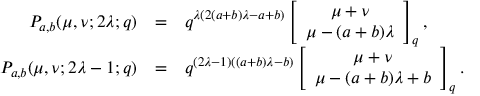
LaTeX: \begin{array} { r c l } { { P _ { a , b } ( \mu , \nu ; 2 \lambda ; q ) } } & { { = } } & { { q ^ { \lambda ( 2 ( a + b ) \lambda - a + b ) } \displaystyle \left[ \begin{array} { c } { { \mu + \nu } } \\ { { \mu - ( a + b ) \lambda } } \end{array} \right] _ { q } , } } \\ { { P _ { a , b } ( \mu , \nu ; 2 \lambda - 1 ; q ) } } & { { = } } & { { q ^ { ( 2 \lambda - 1 ) ( ( a + b ) \lambda - b ) } \displaystyle \left[ \begin{array} { c } { { \mu + \nu } } \\ { { \mu - ( a + b ) \lambda + b } } \end{array} \right] _ { q } . } } \end{array}